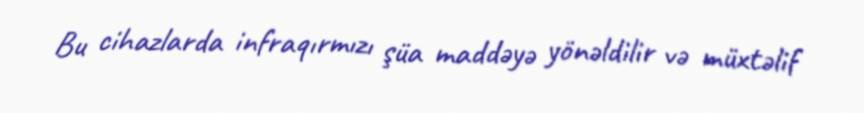
Bu cihazlarda infraqırmızı şüa maddəyə yönəldilir və müxtəlif